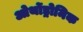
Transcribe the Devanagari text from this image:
ओर्थोड्रोमिक